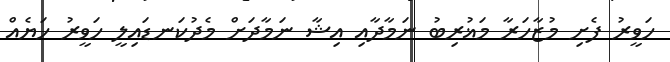
ހަވީރު ފެށި މުޒާހަރާ މަޣުރިބު ނަމާދާއި އިޝާ ނަމާދަށް މެދުކަނޑައިލީ ހަވީރު ހަޔެއް